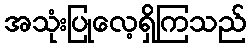
အသုံးပြုလေ့ရှိကြသည်